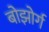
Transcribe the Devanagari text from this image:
बोझोर्ग